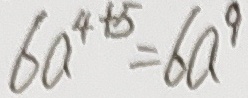
6 a ^ { 4 + 5 } = 6 a ^ { 9 }